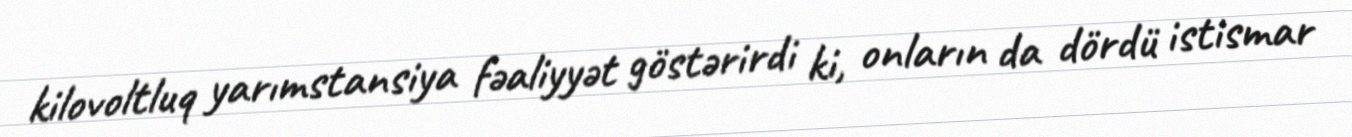
kilovoltluq yarımstansiya fəaliyyət göstərirdi ki, onların da dördü istismar